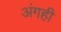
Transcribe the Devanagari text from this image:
अंगही